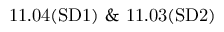
\mathrm { { 1 1 . 0 4 ( S D 1 ) ~ \& ~ 1 1 . 0 3 ( S D 2 ) } }